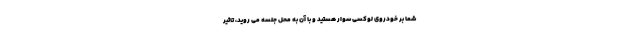
شما بر خودروی لوکسی سوار هستید و با آن به محل جلسه می روید، تاثیر